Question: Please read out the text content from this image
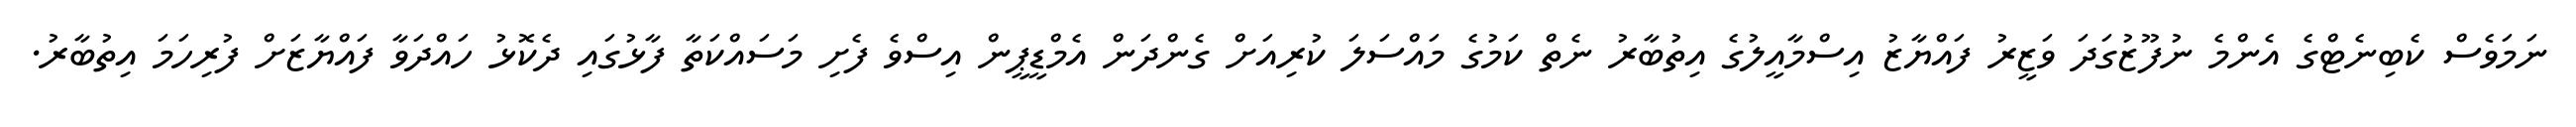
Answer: ނަމަވެސް ކެބިނެޓްގެ އެންމެ ނުފޫޒުގަދަ ވަޒީރު ފައްޔާޒު އިސްމާއީލުގެ އިތުބާރު ނެތް ކަމުގެ މައްސަލަ ކުރިއަށް ގެންދަން އެމްޑީޕީން އިސްވެ ފެށި މަސައްކަތާ ފާޅުގައި ދެކޮޅު ހައްދަވާ ފައްޔާޒަށް ފުރިހަމަ އިތުބާރު.